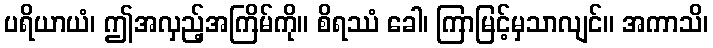
ပရိယာယံ၊ ဤအလှည့်အကြိမ်ကို။ စိရဿံ ခေါ၊ ကြာမြင့်မှသာလျင်။ အကာသိ၊